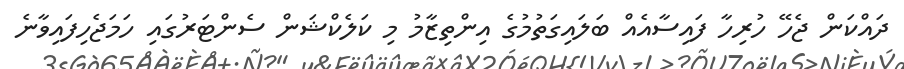
ދައްކަން ޖެހޭ ހުރިހާ ފައިސާއެއް ބަލައިގަތުމުގެ އިންތިޒާމު މި ކަލެކްޝަން ސެންޓަރުގައި ހަމަޖެހިފައިވާނެ